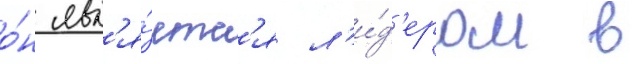
о́н явл'я́етс'я л'и́д'ером в